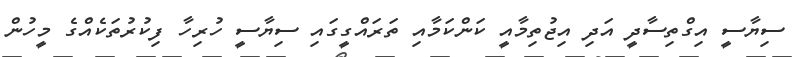
ސިޔާސީ އިގްތިސާދީ އަދި އިޖުތިމާއީ ކަންކަމާއި ތަރައްގީގައި ސިޔާސީ ހުރިހާ ފިކުރުތަކެއްގެ މީހުން